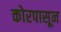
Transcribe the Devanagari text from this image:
कोरपासून